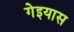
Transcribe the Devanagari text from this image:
गेइयास